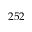
2 5 2